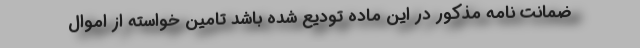
ضمانت نامه مذکور در این ماده تودیع شده باشد تامین خواسته از اموال